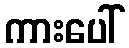
ကားပေါ်